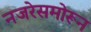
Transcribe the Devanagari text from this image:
नजरेसमोरून